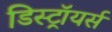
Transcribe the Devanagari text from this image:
डिस्ट्रॉयर्स